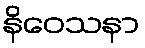
နိဝေသနာ